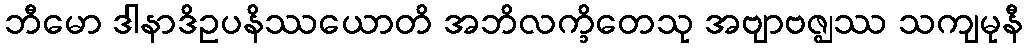
ဘီမော ဒါနာဒိဥပနိဿယောတိ အဘိလက္ခိတေသု အဗျာဗဇ္ဈဿ သကျမုနီ